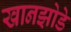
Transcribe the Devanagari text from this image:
खानझोडे